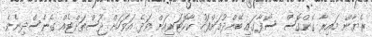
ރެޔާން މައިރާ ގެންގޮސް ސޯފާގައި ބޭންދުމަށްފަހު ކާކޮޓަރިއަށް ވަދެ އަވަހަށް ޖޫސްތަށްޓެއް ގެނެސްދިނެވެ.